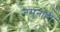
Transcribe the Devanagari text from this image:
नमुनाही